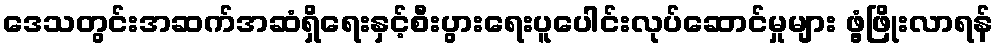
ဒေသတွင်းအဆက်အဆံရှိရေးနှင့်စီးပွားရေးပူပေါင်းလုပ်ဆောင်မှုများ ဖွံ့ဖြိုးလာရန်